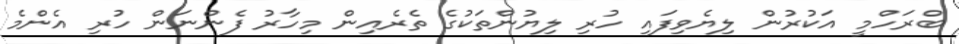
ބްރަހްމީ އަކުރުން ލިޔެވިފައި ހުރި ލިޔުންތަކުގެ ތެރެއިން މިހާރު ފެންނަން ހުރި އެންމެ